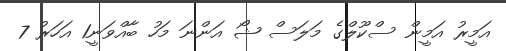
އަމީރު އަމީން ސްކޫލްގެ މަލަސް ޝޯ އަންނަ މަހު ބާއްވަނީ1 އަހަރު 7